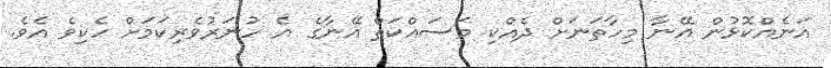
އަނެއްކޮޅުން އޭނާ މިހާތަނަށް ދެއްކި މަސައްކަތް އޭނާގެ އެ ހުނަރުވެރިކަމަށް ހެކިވެ އެވެ.